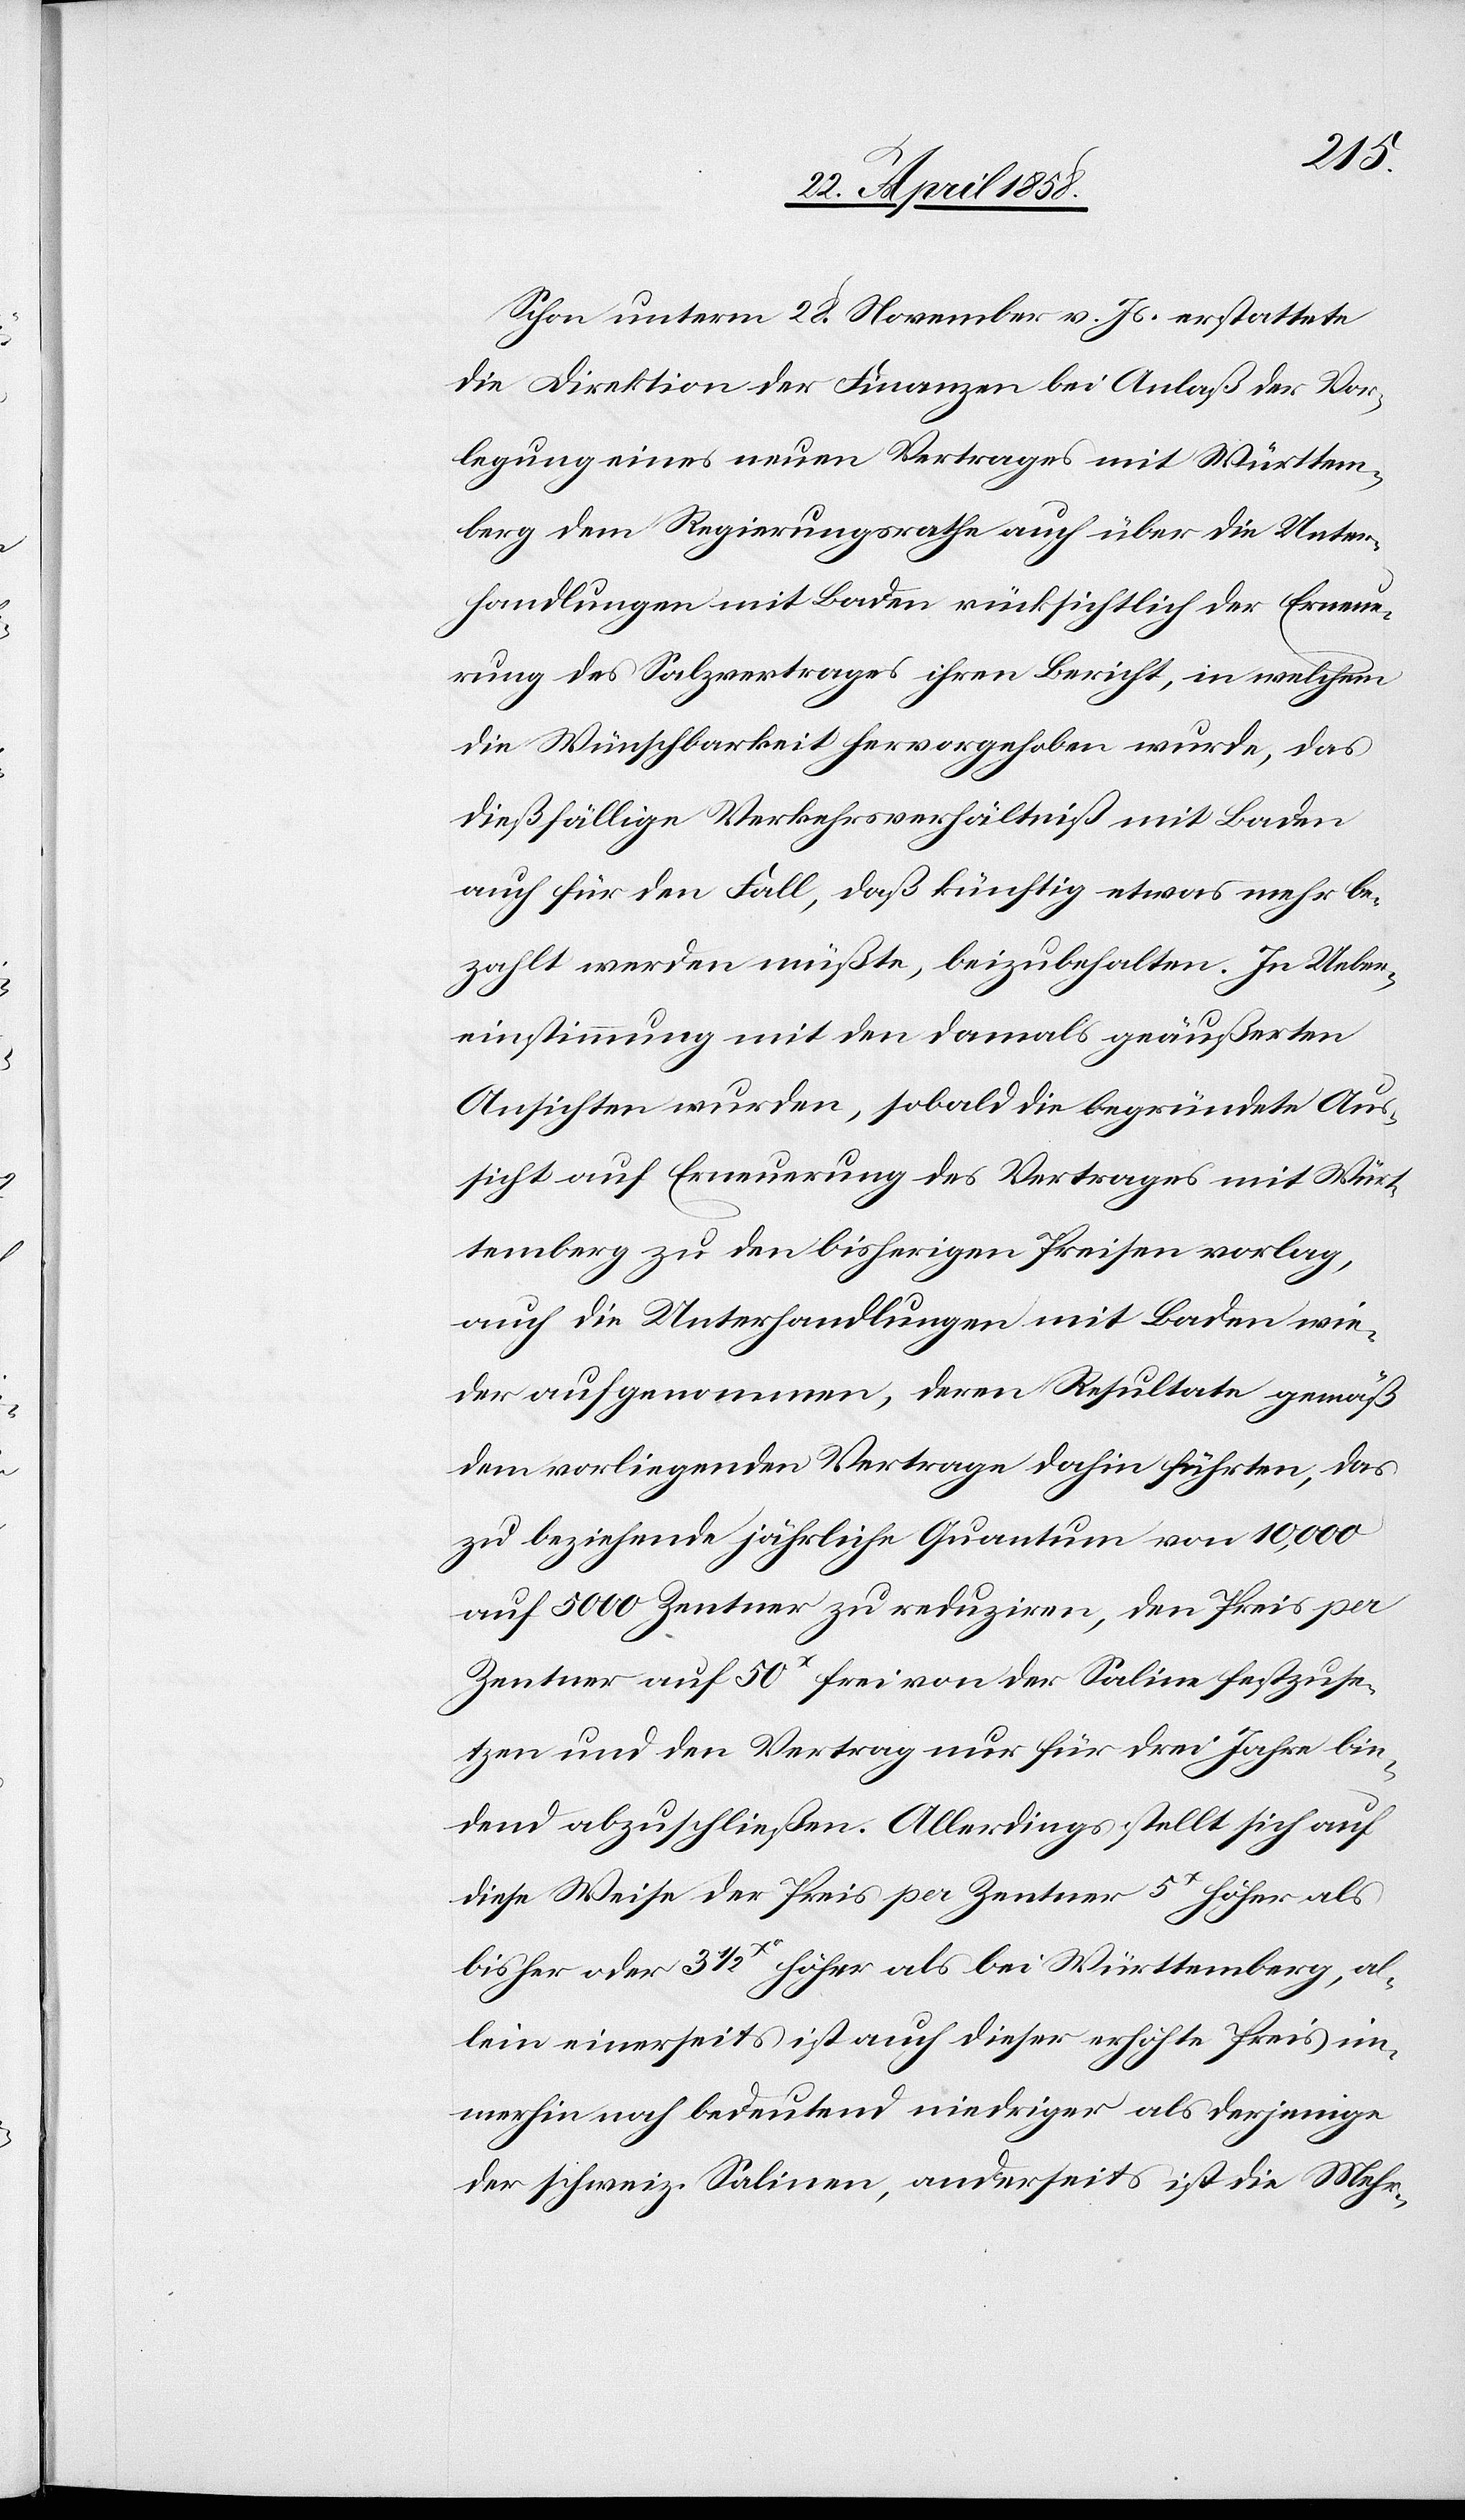
Schon unterm 28. November v. Js. erstattete
die Direktion der Finanzen bei Anlaß der Vor¬
legung eines neuen Vertrages mit Württem¬
berg dem Regierungsrathe auch über die Unter¬
handlungen mit Baden rücksichtlich der Erneue¬
rung des Salzvertrages ihren Bericht, in welchem
die Wünschbarkeit hervorgehoben wurde, das
dießfällige Verkehrsverhältniß mit Baden
auch für den Fall, daß künftig etwas mehr be¬
zahlt werden müßte beizubehalten. In Ueber¬
einstimmung mit den damals geäußerten
Ansichten wurden, sobald die begründete Aus¬
sicht auf Erneuerung des Vertrages mit Würt¬
temberg zu den bisherigen Preisen vorlag,
auch die Unterhaltung mit Baden wie¬
der aufgenommen, deren Resultate gemäß
dem vorliegenden Vertrage dahin führten, das
zu beziehende jährliche Quantum von 10,000
auf 5000 Zentner zu reduziren, den Preis per
Zentner auf 50X frei von der Saline festzuse¬
tzen und den Vertrag nur für drei Jahre bin¬
dend abzuschließen. Allerdings stellt sich auf
diese Weise der Preis per Zentner 5X höher als
bisher oder 3 1/2X höher als bei Württemberg, al¬
lein einerseits ist auch dieser erhöhte Preis im¬
merhin noch bedeutend niedriger als derjenige
der schweiz. Salinen, anderseits ist die Mehr-